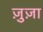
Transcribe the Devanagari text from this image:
ज़ुज़ा